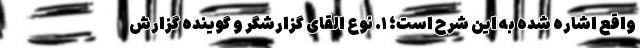
واقع اشاره شده به این شرح است؛ ١. نوع القای گزارشگر و گوینده گزارش